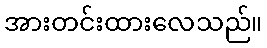
အားတင်းထားလေသည်။